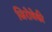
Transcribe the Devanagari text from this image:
जिरोवेकी